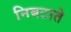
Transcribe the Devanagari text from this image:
निबटाते